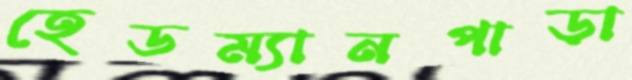
হেডম্যানপাড়া